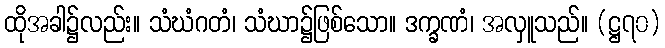
ထိုအခါ၌လည်း။ သံဃံဂတံ၊ သံဃာ၌ဖြစ်သော။ ဒက္ခဏံ၊ အလှူသည်။ (ဋ္ဌ၇၀)